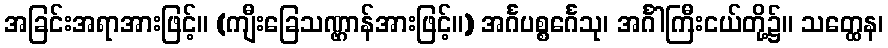
အခြင်းအရာအားဖြင့်။ (ကျီးခြေသဏ္ဌာန်အားဖြင့်။) အင်္ဂပစ္စင်္ဂေသု၊ အင်္ဂါကြီးငယ်တို့၌။ သတ္ထေန၊